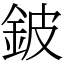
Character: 鈹